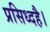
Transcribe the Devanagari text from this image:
प्रसिध्दहै।